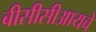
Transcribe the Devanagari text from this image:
बीसीसीआयचे